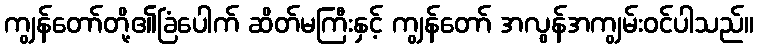
ကျွန်တော်တို့၏ခြံပေါက် ဆိတ်မကြီးနှင့် ကျွန်တော် အလွန်အကျွမ်းဝင်ပါသည်။